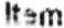
ITEM